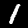
Digit: 1